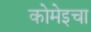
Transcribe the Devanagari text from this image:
कोमेइचा